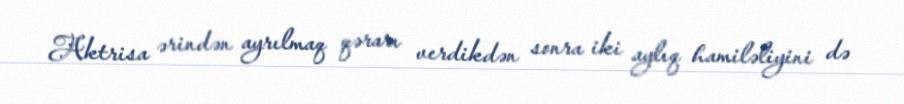
Aktrisa ərindən ayrılmaq qərarı verdikdən sonra iki aylıq hamiləliyini də